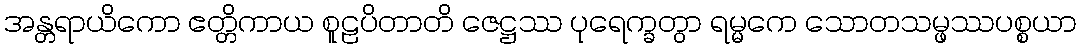
အန္တရာယိကော ဧတ္တိကာယ စူဠပိတာတိ ဇေဋ္ဌဿ ပုရေက္ခတွာ ရမ္မကေ သောတသမ္ဖဿပစ္စယာ